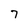
Character: 7